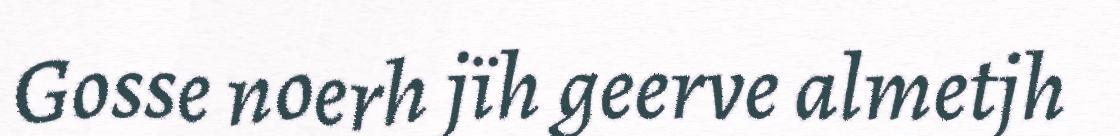
Gosse noerh jïh geerve almetjh